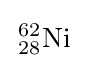
\,{}_{28}^{62}\mathrm {Ni} ~